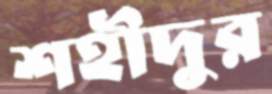
শহীদুর